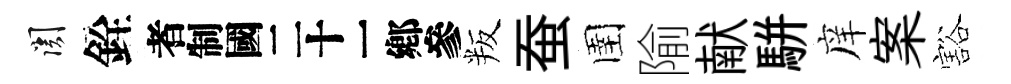
關銓识叛蚕圉隃献駢庠案豁